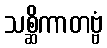
သစ္ဆိကာတဗ္ဗံ